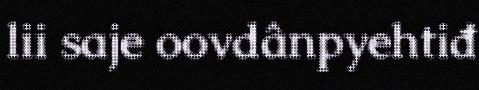
lii saje oovdânpyehtiđ